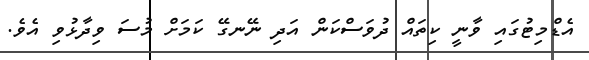
އެޑްމިޓުގައި ވާނީ ކިތައް ދުވަސްކަން އަދި ނޭނގޭ ކަމަށް މުސަ ވިދާޅުވި އެވެ.